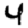
Digit: 4